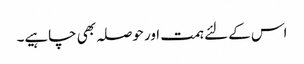
اس کے لئے ہمت اور حوصلہ بھی چاہیے۔